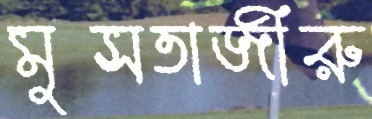
মুসতাজীরু